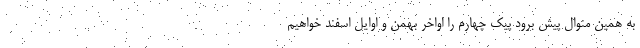
به همین منوال پیش برود پیک چهارم را اواخر بهمن و اوایل اسفند خواهیم